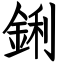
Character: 鋓